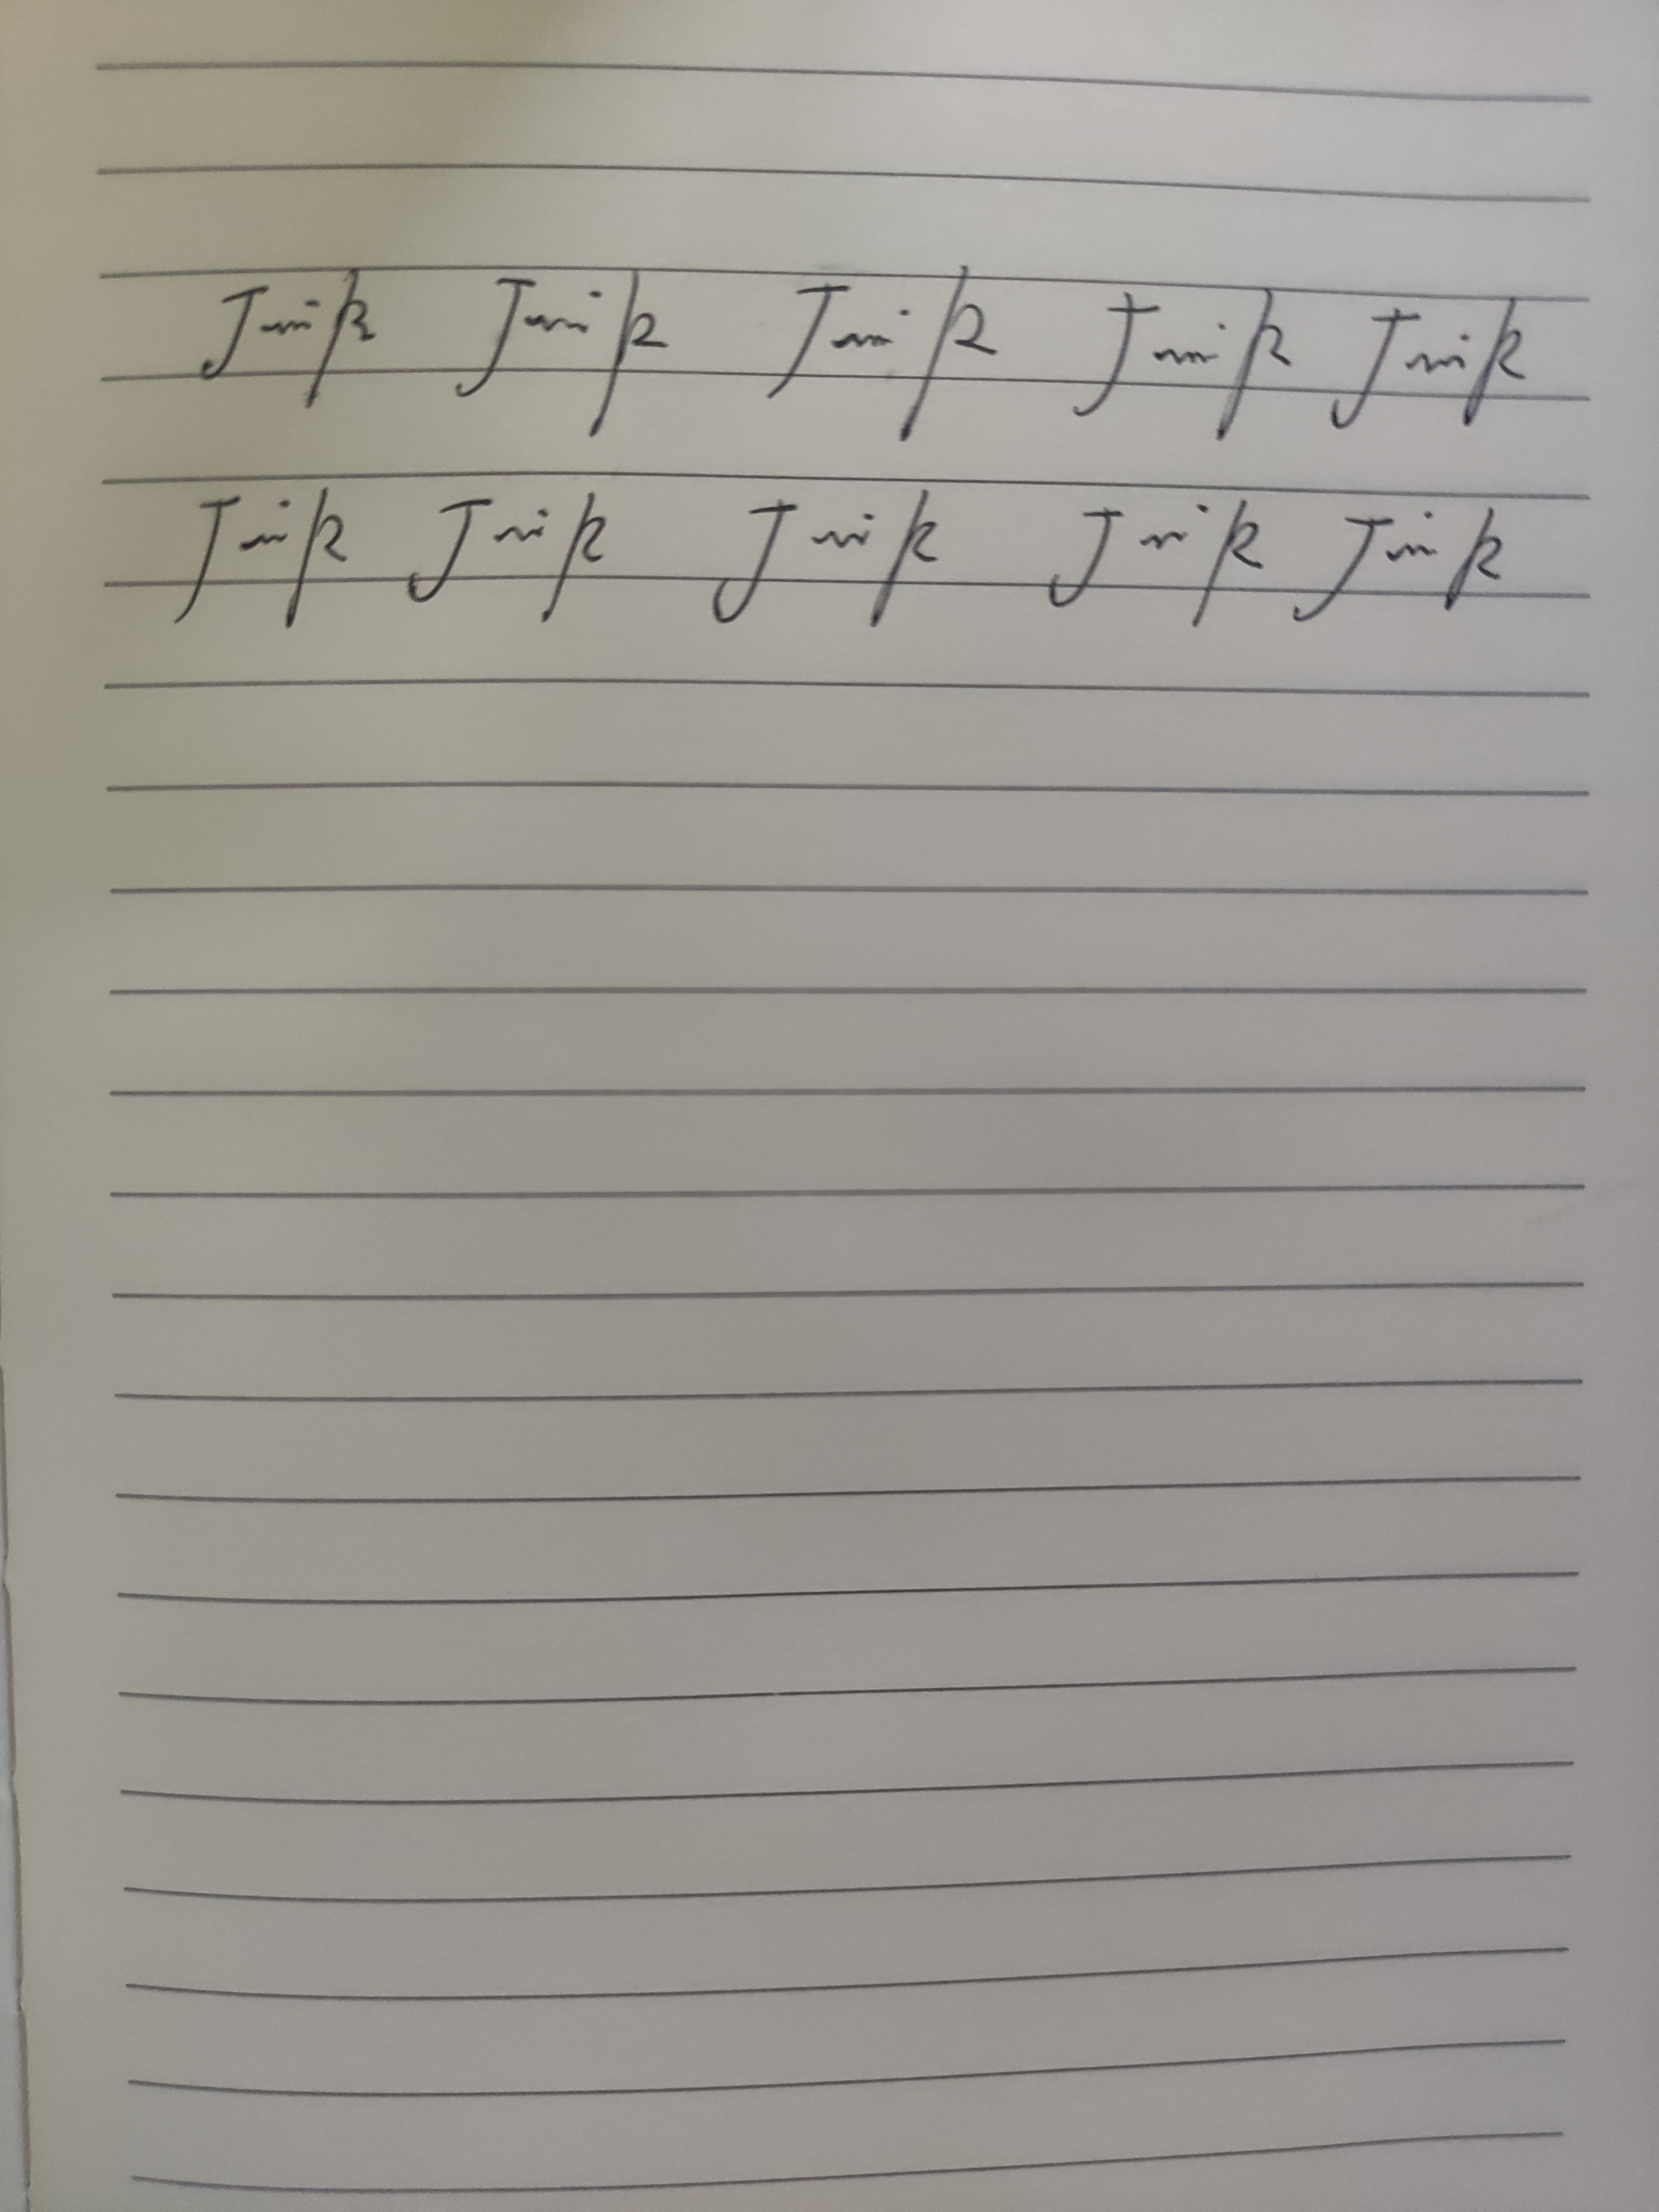
Signature authenticity: genuine